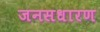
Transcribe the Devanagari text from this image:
जनसधारण